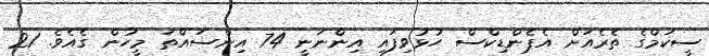
ސީކަމްގެ ތެރެއަށް އެޕެންޑިކްސް ހުޅުވިފައި އިންނަނީ 74 އިންސައްތަ މީހުން ގެއެވެ. 21